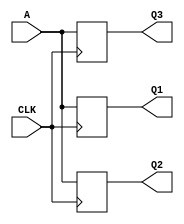
module reg31 (Q1,Q2,Q3,A,CLK);
    input A;
     input CLK ;
     output Q1,Q2,Q3;
     
     reg Q1,Q2,Q3;
     
     always @(posedge CLK)
     begin 
     Q1 = A;
     Q2 = Q1;
     Q3 = Q2;
 end
 endmodule